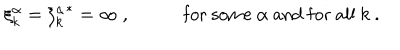
\xi _ { k } ^ { \alpha } = { \xi _ { k } ^ { \alpha } } ^ { * } = \infty \ , \hspace { 6 e x } \mathrm { \ f o r \ s o m e } \ \alpha \ \mathrm { a n d \ f o r \ a l l } \ k \ .